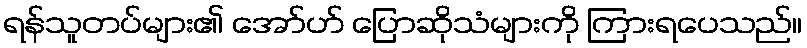
ရန်သူတပ်များ၏ အော်ဟ် ပြောဆိုသံများကို ကြားရပေသည်။